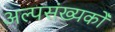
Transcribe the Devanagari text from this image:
अल्पसंख्यकोँ